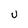
Character: U